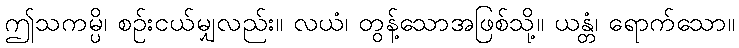
ဤသကမ္ပိ၊ စဉ်းငယ်မျှလည်း။ လယံ၊ တွန့်သောအဖြစ်သို့။ ယန္တံ၊ ရောက်သော။